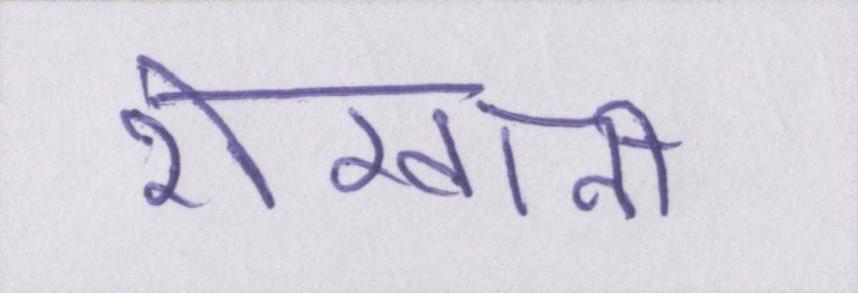
शेरवानी